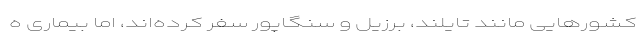
کشورهایی مانند تایلند، برزیل و سنگاپور سفر کرده‌اند، اما بیماری ه